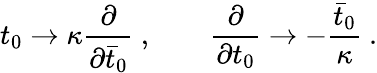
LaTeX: t_{0}\rightarrow\kappa{\frac{\partial}{\partial{\bar{t}}_{0}}}\ ,\qquad{\frac{\partial}{\partial t_{0}}}\rightarrow-{\frac{\bar{t}_{0}}{\kappa}}\ .